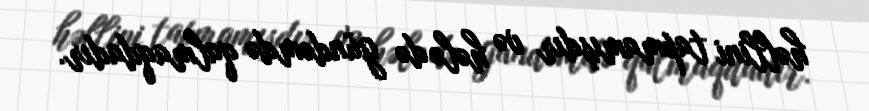
həllini tapmamışdır və hələ də gündəmdə qalmaqdadır.